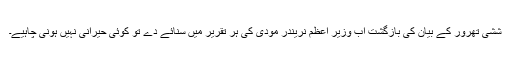
ششی تھرور کے بیان کی بازگشت اب وزیر اعظم نریندر مودی کی ہر تقریر میں سنائے دے تو کوئی حیرانی نہیں ہونی چاہیے۔